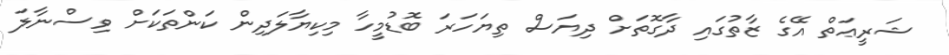
ޝަރީޢަތް އޭގެ ޒާތުގައި ދާގޮތަށް ދިޔަސް ތިޔަހަރަ ބޮޑުމީހާ މިކިޔާލަދިން ކަންތަކަށް ވިސްނާލަ